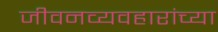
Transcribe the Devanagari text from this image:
जीवनव्यवहारांच्या